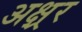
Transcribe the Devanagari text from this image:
अक्ष्रर